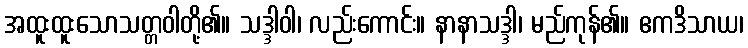
အထူးထူးသောသတ္တဝါတို့၏။ သဒ္ဒါဝါ၊ လည်းကောင်း။ နာနာသဒ္ဒါ၊ မည်ကုန်၏။ ဧကဒိသာယ၊